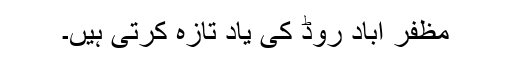
مظفر آباد روڈ کی یاد تازہ کرتی ہیں۔